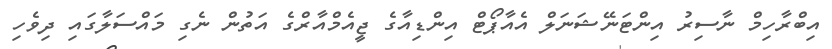
އިބްރާހިމް ނާސިރު އިންޓަނޭޝަނަލް އެއާޕޯޓް އިންޑިއާގެ ޖީއެމްއާރްގެ އަތުން ނެގި މައްސަލާގައި ދިވެހި